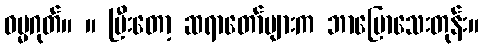
ဓမ္မဂုတ်။ ။ ပြီးတော့ ဆရာတော်များက ဘာပြောသေးတုန်း။